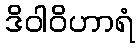
ဒိဝါဝိဟာရံ